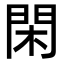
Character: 閑